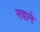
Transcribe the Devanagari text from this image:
नवाने